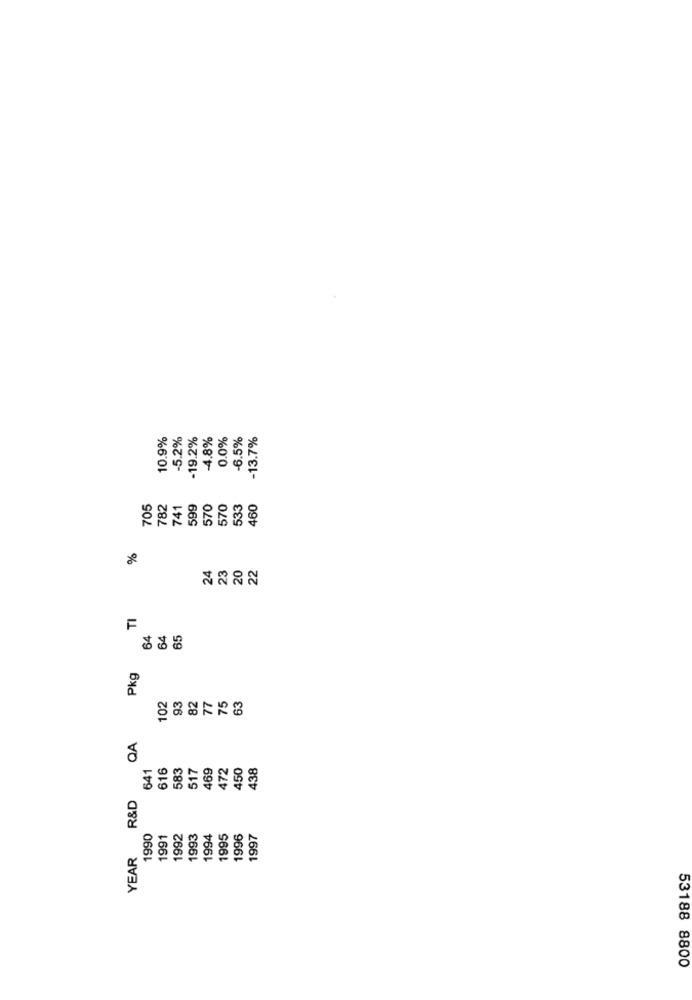
10.9%
-5.2%
-19.2%
4.8%
0.0%
-6.5%
-13.7%
705
782
741
599
570
570
533
460
%
24
23
20
22
TI
64
64
65
Pkg
93
82
77
75
102
63
QA
616
583
517
438
641
469
472
450
R&D
1990
1991
1992
1993
1994
1995
1996
1997
YEAR
53188 8800